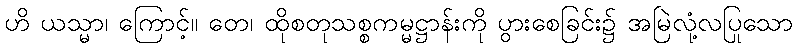
ဟိ ယသ္မာ၊ ကြောင့်။ တေ၊ ထိုစတုသစ္စကမ္မဋ္ဌာန်းကို ပွားစေခြင်း၌ အမြဲလုံ့လပြုသော